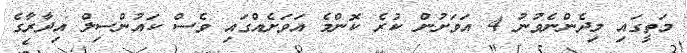
މަތީގައި މިދެންނެވުނު 4 އަވަށުން ކުރެ ކޮންމެ އަވަށެއްގައި ވެސް ކައުންސިލް އިދާރާގެ